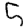
Digit: 5